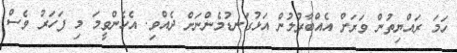
ހަމަ ރައްޔިތުން ވަރަށް އެއްބާރުލުން އަޅުގަނޑުމެންނަށް ދެއްވި. އެހެންވީމަ މި ފަހަރު ވެސް